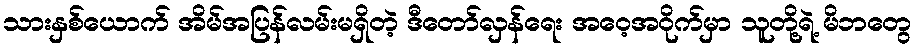
သားနှစ်ယောက် အိမ်အပြန်လမ်းမရှိတဲ့ ဒီတော်လှန်ရေး အဝေ့အဝိုက်မှာ သူတို့ရဲ့ မိဘတွေ